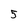
Character: 5